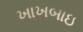
ખાખબાઇ